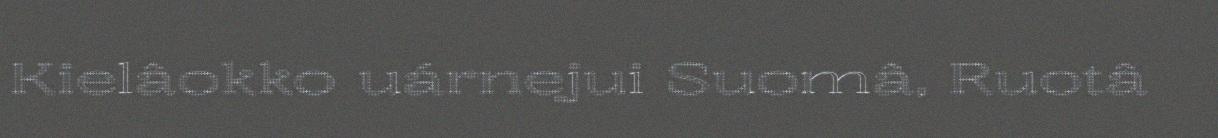
Kielâokko uárnejui Suomâ, Ruotâ